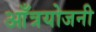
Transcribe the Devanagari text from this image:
आँत्रयोजनी